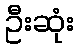
ဦးဆုံး